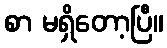
စာ မရှိတော့ပြီ။